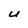
Character: U